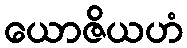
ယောဇိယဟံ